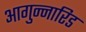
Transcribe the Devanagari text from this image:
आगुन्नारिड